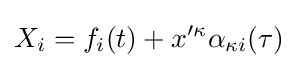
X_{i}=f_{i}(t)+x^{\prime \kappa }\alpha _{\kappa i}(\tau )